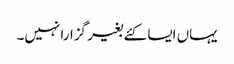
یہاں ایسا کئے بغیر گزارا نہیں۔